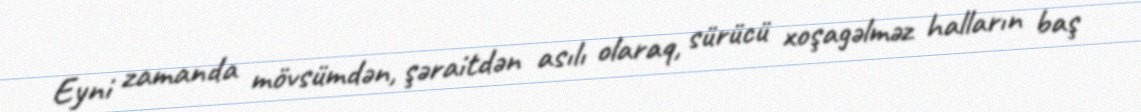
Eyni zamanda mövsümdən, şəraitdən asılı olaraq, sürücü xoşagəlməz halların baş